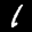
Label: 1